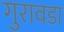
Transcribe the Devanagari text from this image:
गुरावडा